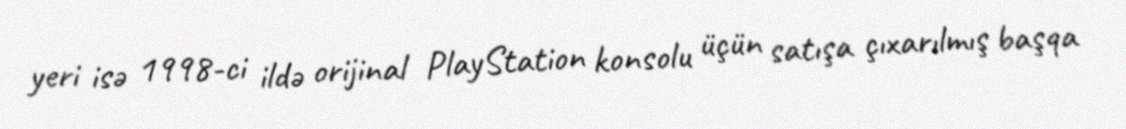
yeri isə 1998-ci ildə orijinal PlayStation konsolu üçün satışa çıxarılmış başqa